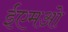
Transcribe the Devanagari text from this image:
ईएमओ